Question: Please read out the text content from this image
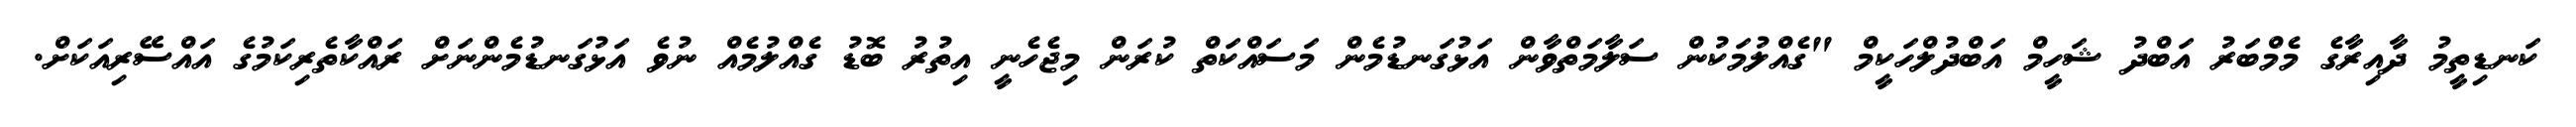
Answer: ކަނޑިތީމު ދާއިރާގެ މެމްބަރު އަބްދު ޝަހީމް އަބްދުލްހަކީމް "ގެއްލުމަކުން ސަލާމަތްވާން އަޅުގަނޑުމެން މަސައްކަތް ކުރަން މިޖެހެނީ އިތުރު ބޮޑު ގެއްލުމެއް ނުވެ އަޅުގަނޑުމެންނަށް ރައްކާތެރިކަމުގެ އައްސޭރިއަކަށް.